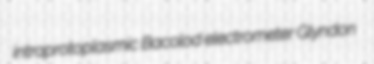
intraprotoplasmic Bacolod electrometer Glyndon